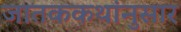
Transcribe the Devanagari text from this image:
जातककथांनुसार